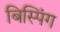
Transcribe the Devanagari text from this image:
बिस्पिंग